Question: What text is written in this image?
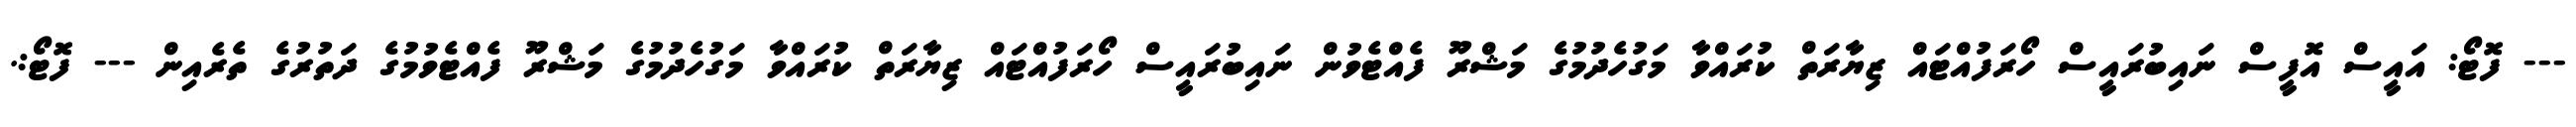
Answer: --- ފޮޓޯ: އައީސް އޮފީސް ނައިބުރައީސް ހޯރަފުއްޓައް ޒިޔާރަތް ކުރައްވާ މަގުހެދުމުގެ މަޝްރޫ ފެއްޓެވުން ނައިބުރައީސް ހޯރަފުއްޓައް ޒިޔާރަތް ކުރައްވާ މަގުހެދުމުގެ މަޝްރޫ ފެއްޓެވުމުގެ ދަތުރުގެ ތެރެއިން --- ފޮޓޯ:.